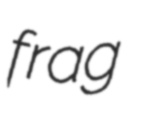
frag